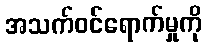
အသက်ဝင်ရောက်မှုကို